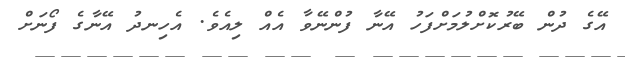
އޭގެ ދުން ބޭރުކޮށްލުމަށްފަހު އޭނާ ފުންނޭވާ އެއް ލިއެވެ. އެހިނދު އޭނާގެ ފޯނަށް